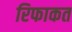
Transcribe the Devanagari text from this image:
रिफाकत